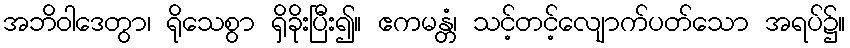
အဘိဝါဒေတွာ၊ ရိုသေစွာ ရှိခိုးပြီး၍။ ဧကမန္တံ၊ သင့်တင့်လျောက်ပတ်သော အရပ်၌။